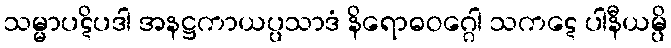
သမ္မာပဋိပဒါ အနဋ္ဌကာယပ္ပသာဒံ နိရောဓဝဂ္ဂေါ သကဋေ ပါနီယမ္ပိ